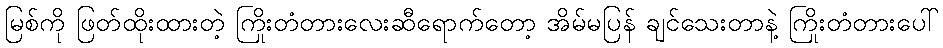
မြစ်ကို ဖြတ်ထိုးထားတဲ့ ကြိုးတံတားလေးဆီရောက်တော့ အိမ်မပြန် ချင်သေးတာနဲ့ ကြိုးတံတားပေါ်